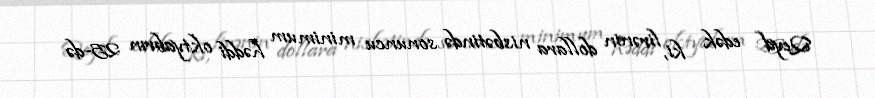
Qeyd edək ki, lirənin dollara nisbətində sonuncu minimum həddi oktyabrın 25-də